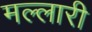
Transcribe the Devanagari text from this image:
मल्लारी